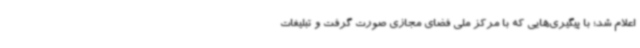
اعلام شد؛ با پیگیری‌هایی که با مرکز ملی فضای مجازی صورت گرفت و تبلیغات